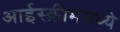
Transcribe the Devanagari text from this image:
आईस्क्रीममध्ये